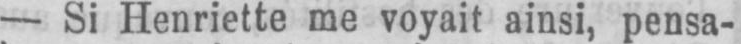
- Si Henriette me voyait ainsi, pensa-